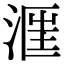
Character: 𣶕